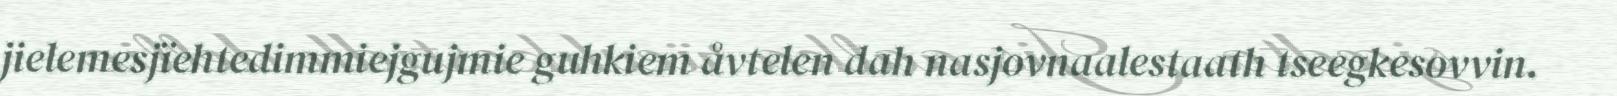
jielemesjïehtedimmiejgujmie guhkiem åvtelen dah nasjovnaalestaath tseegkesovvin.